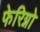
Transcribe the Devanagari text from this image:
फेरिग्नो